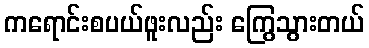
ကရောင်းစပယ်ဖူးလည်း ကြွေသွားတယ်